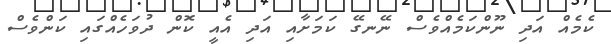
ކެމެއް އަދި ނޫންކަމެއްވެސް ނޭނގޭ ކަމަށާއި އަދި އެއީ ކޮން ދުވަހެއްގައި ކަންވެސް